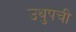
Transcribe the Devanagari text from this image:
उथुपची